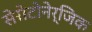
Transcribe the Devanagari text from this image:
सेरोटोनेर्जिक